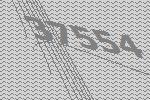
37554